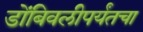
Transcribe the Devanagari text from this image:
डोंबिवलीपर्यंतचा